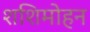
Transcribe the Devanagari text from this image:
शशिमोहन